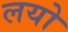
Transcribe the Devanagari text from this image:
लयो